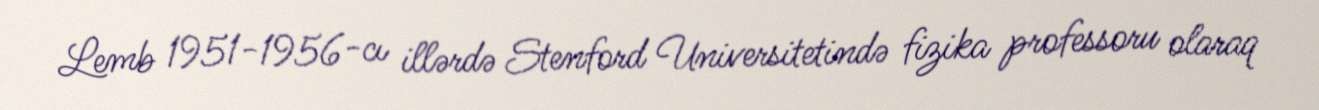
Lemb 1951-1956-cı illərdə Stenford Universitetində fizika professoru olaraq